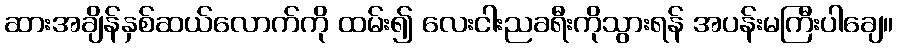
ဆားအချိန်နှစ်ဆယ်လောက်ကို ထမ်း၍ လေးငါးညခရီးကိုသွားရန် အပန်းမကြီးပါချေ။